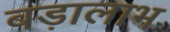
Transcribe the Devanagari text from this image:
बड़ालाभ